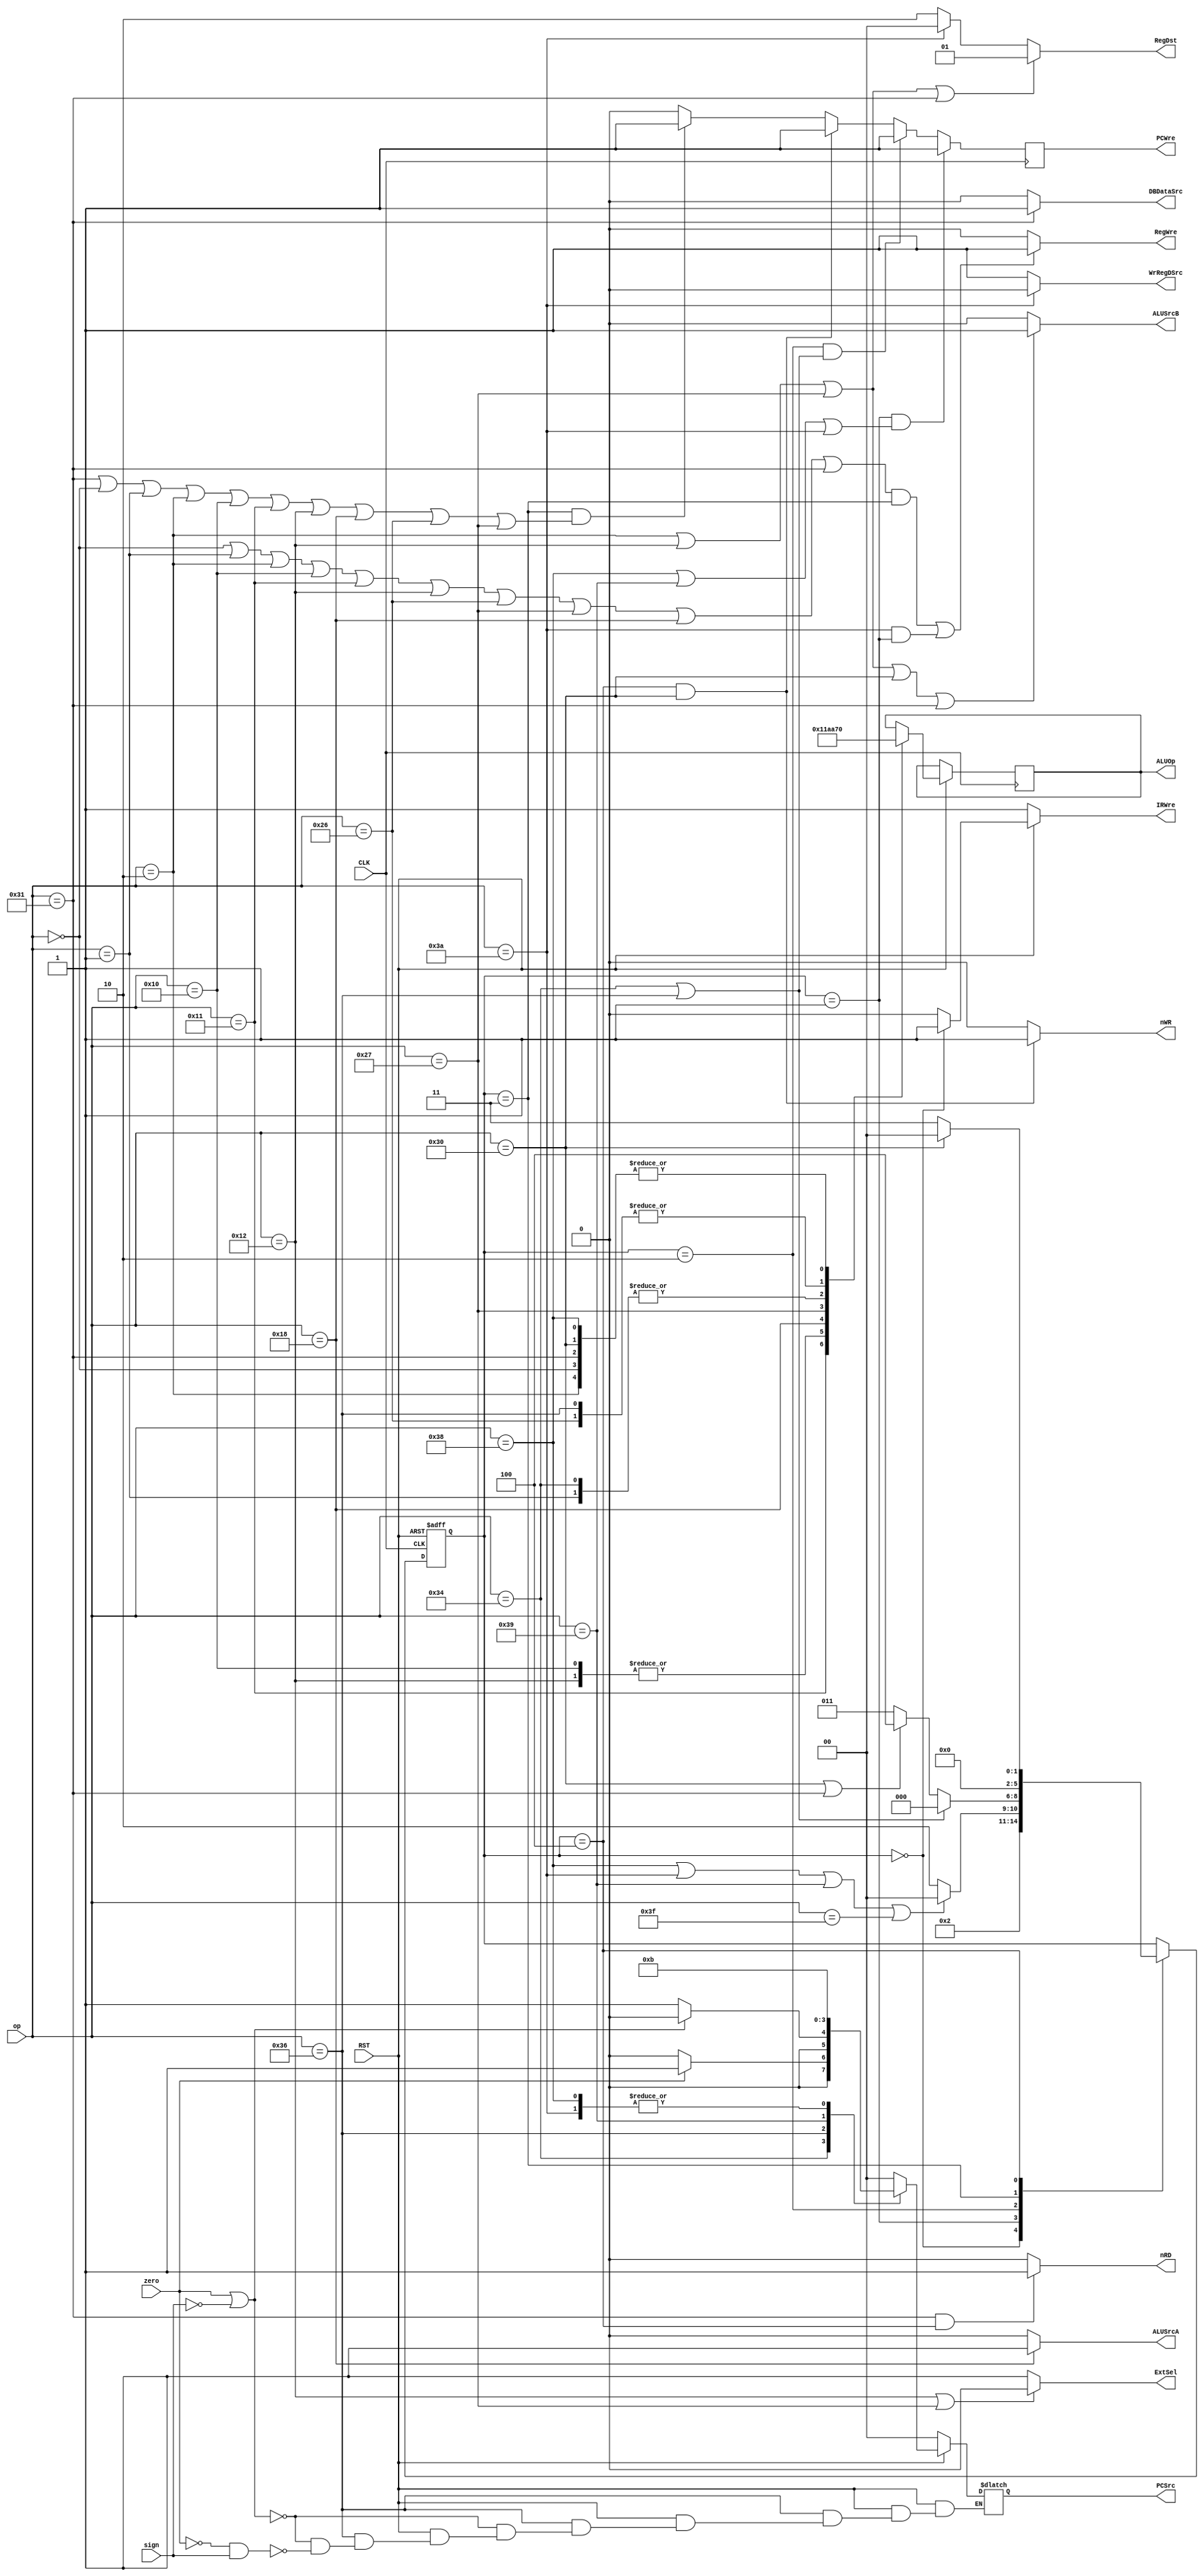
`timescale 1ns / 1ps
//////////////////////////////////////////////////////////////////////////////////
// Company: 
// Engineer: 
// 
// Design Name: 
// Module Name: Control_Unit
// Project Name: 
// Target Devices: 
// Tool Versions: 
// Description: 
// 
// Dependencies: 
// 
// Revision:
// Revision 0.01 - File Created
// Additional Comments:
// 
//////////////////////////////////////////////////////////////////////////////////


module Control_Unit(
    input CLK,
    input RST,
    input [5:0] op,
    input zero,
    input sign,
    output reg PCWre,
    output wire ALUSrcA,
    output wire ALUSrcB,
    output wire DBDataSrc,
    output wire RegWre,
    output wire WrRegDSrc,
    output wire nRD,
    output wire nWR,
    output wire IRWre,
    output wire ExtSel,
    output reg [1:0] PCSrc,
    output wire [1:0] RegDst,
    output reg [2:0] ALUOp
);
    reg [2:0] State = 3'b000;
    wire [5:0] op_add = 6'b000000;
    wire [5:0] op_sub = 6'b000001;
    wire [5:0] op_addi = 6'b000010;
    wire [5:0] op_or = 6'b010000;
    wire [5:0] op_and = 6'b010001;
    wire [5:0] op_ori = 6'b010010;
    wire [5:0] op_sll = 6'b011000;
    wire [5:0] op_slt = 6'b100110;
    wire [5:0] op_sltiu = 6'b100111;
    wire [5:0] op_sw = 6'b110000;
    wire [5:0] op_lw = 6'b110001;
    wire [5:0] op_beq = 6'b110100;
    wire [5:0] op_bltz = 6'b110110;
    wire [5:0] op_j = 6'b111000;
    wire [5:0] op_jr = 6'b111001;
    wire [5:0] op_jal = 6'b111010;
    wire [5:0] op_halt = 6'b111111;
    
    initial begin 
        State = 3'b000;
        PCSrc = 2'b00;
        PCWre = 0;
    end
    
    //
    always @(posedge CLK or negedge RST) begin
        if(RST == 0) begin
            State = 3'b000;
        end
        else begin
            case(State)
                3'b000 : State = 3'b001;
                3'b001 : begin
                    if(op == op_j || op == op_jal || op == op_jr || op == op_halt) State = 3'b000;
                    else State = 3'b010;
                end
                3'b010 : begin
                    if(op == op_beq || op == op_bltz) State = 3'b000;
                    else if(op == op_sw || op == op_lw) State = 3'b100;
                    else State = 3'b011;
                end
                3'b011 : State = 3'b000;
                3'b100 : begin
                    if(op == op_sw) State = 3'b000;
                    else State = 3'b011;
                end
            endcase
          
            
            case(op) //ALUOp
                6'b000000: ALUOp = 3'b000; //add
                6'b000001: ALUOp = 3'b001; //sub
                6'b000010: ALUOp = 3'b000; //addi
                6'b010000: ALUOp = 3'b011; //or
                6'b010001: ALUOp = 3'b100; //and
                6'b010010: ALUOp = 3'b011; //ori
                6'b011000: ALUOp = 3'b010; //sll
                6'b100110: ALUOp = 3'b110; //slt
                6'b100111: ALUOp = 3'b101; //sltiu
                6'b110000: ALUOp = 3'b000; //sw
                6'b110001: ALUOp = 3'b000; //lw
                6'b110100: ALUOp = 3'b001; //beq
                6'b110110: ALUOp = 3'b110; //blt
                6'b111000: ALUOp = 3'b000; //j
            endcase
            
        end
    end
    
    always @(op or zero or sign) begin
        if(RST == 0) begin
            PCSrc = 2'b00;
        end
        else begin
            case(op) //PCSrc
                6'b110100: begin //beq
                    if(zero == 0) PCSrc = 2'b00;
                    else PCSrc = 2'b01;
                end
                6'b110110: begin //bltz
                    if(zero == 1 || sign == 0) PCSrc = 2'b00;
                    else if(zero == 0 && sign == 1) PCSrc = 2'b01;
                end
                6'b111001: PCSrc = 2'b10; //jr
                6'b111000: PCSrc = 2'b11; //j
                6'b111010: PCSrc = 2'b11; //jal
                default: PCSrc = 2'b00;
            endcase
        end
    end
    
    always @(negedge CLK) begin
        if(State == 3'b001 && (op == op_j || op == op_jr || op == op_jal)) PCWre = 1;
        else if(State == 3'b010 && (op == op_beq || op == op_bltz)) PCWre = 1;
        else if(State == 3'b100 && (op == op_sw)) PCWre = 1;
        else if(State == 3'b011 && (op == op_lw || op == op_add || op == op_sub || op == op_addi || op == op_or || 
                                    op == op_and || op == op_ori || op == op_sll || op == op_slt || op == op_sltiu)) PCWre = 1;
        else PCWre = 0;
    end
    
    assign ALUSrcA = (op == op_sll) ? 1 : 0;
    assign ALUSrcB = (op == op_addi || op == op_ori || op == op_sltiu || op == op_sw || op == op_lw) ? 1 : 0;
    assign DBDataSrc = (op == op_lw) ? 1 : 0;
    assign RegWre = ((op == op_add || op == op_sub || op == op_addi || op == op_or || op == op_and || op == op_ori ||
                     op == op_slt || op == op_sltiu || op == op_sll || op == op_lw) && State == 3'b011 ) || (op == op_jal && State == 3'b001)? 1 : 0;
    assign WrRegDSrc = (op == op_jal) ? 0 : 1;
    assign nRD = (op == op_lw && State == 3'b100) ? 1 : 0;
    assign nWR = (op == op_sw && State == 3'b100) ? 1 : 0;
    assign IRWre = (RST == 0) ? 1 : (State == 3'b000) ? 1 : 0;
    assign ExtSel = (op == op_ori || op == op_sltiu) ? 0 : 1;
    assign RegDst = (op == op_addi || op == op_ori || op == op_sltiu || op == op_lw)? 2'b01:(op == op_jal) ? 2'b00:2'b10;
    
endmodule